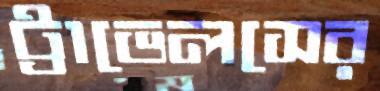
ট্রাভেলসের